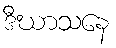
ဒီဃာသနေ